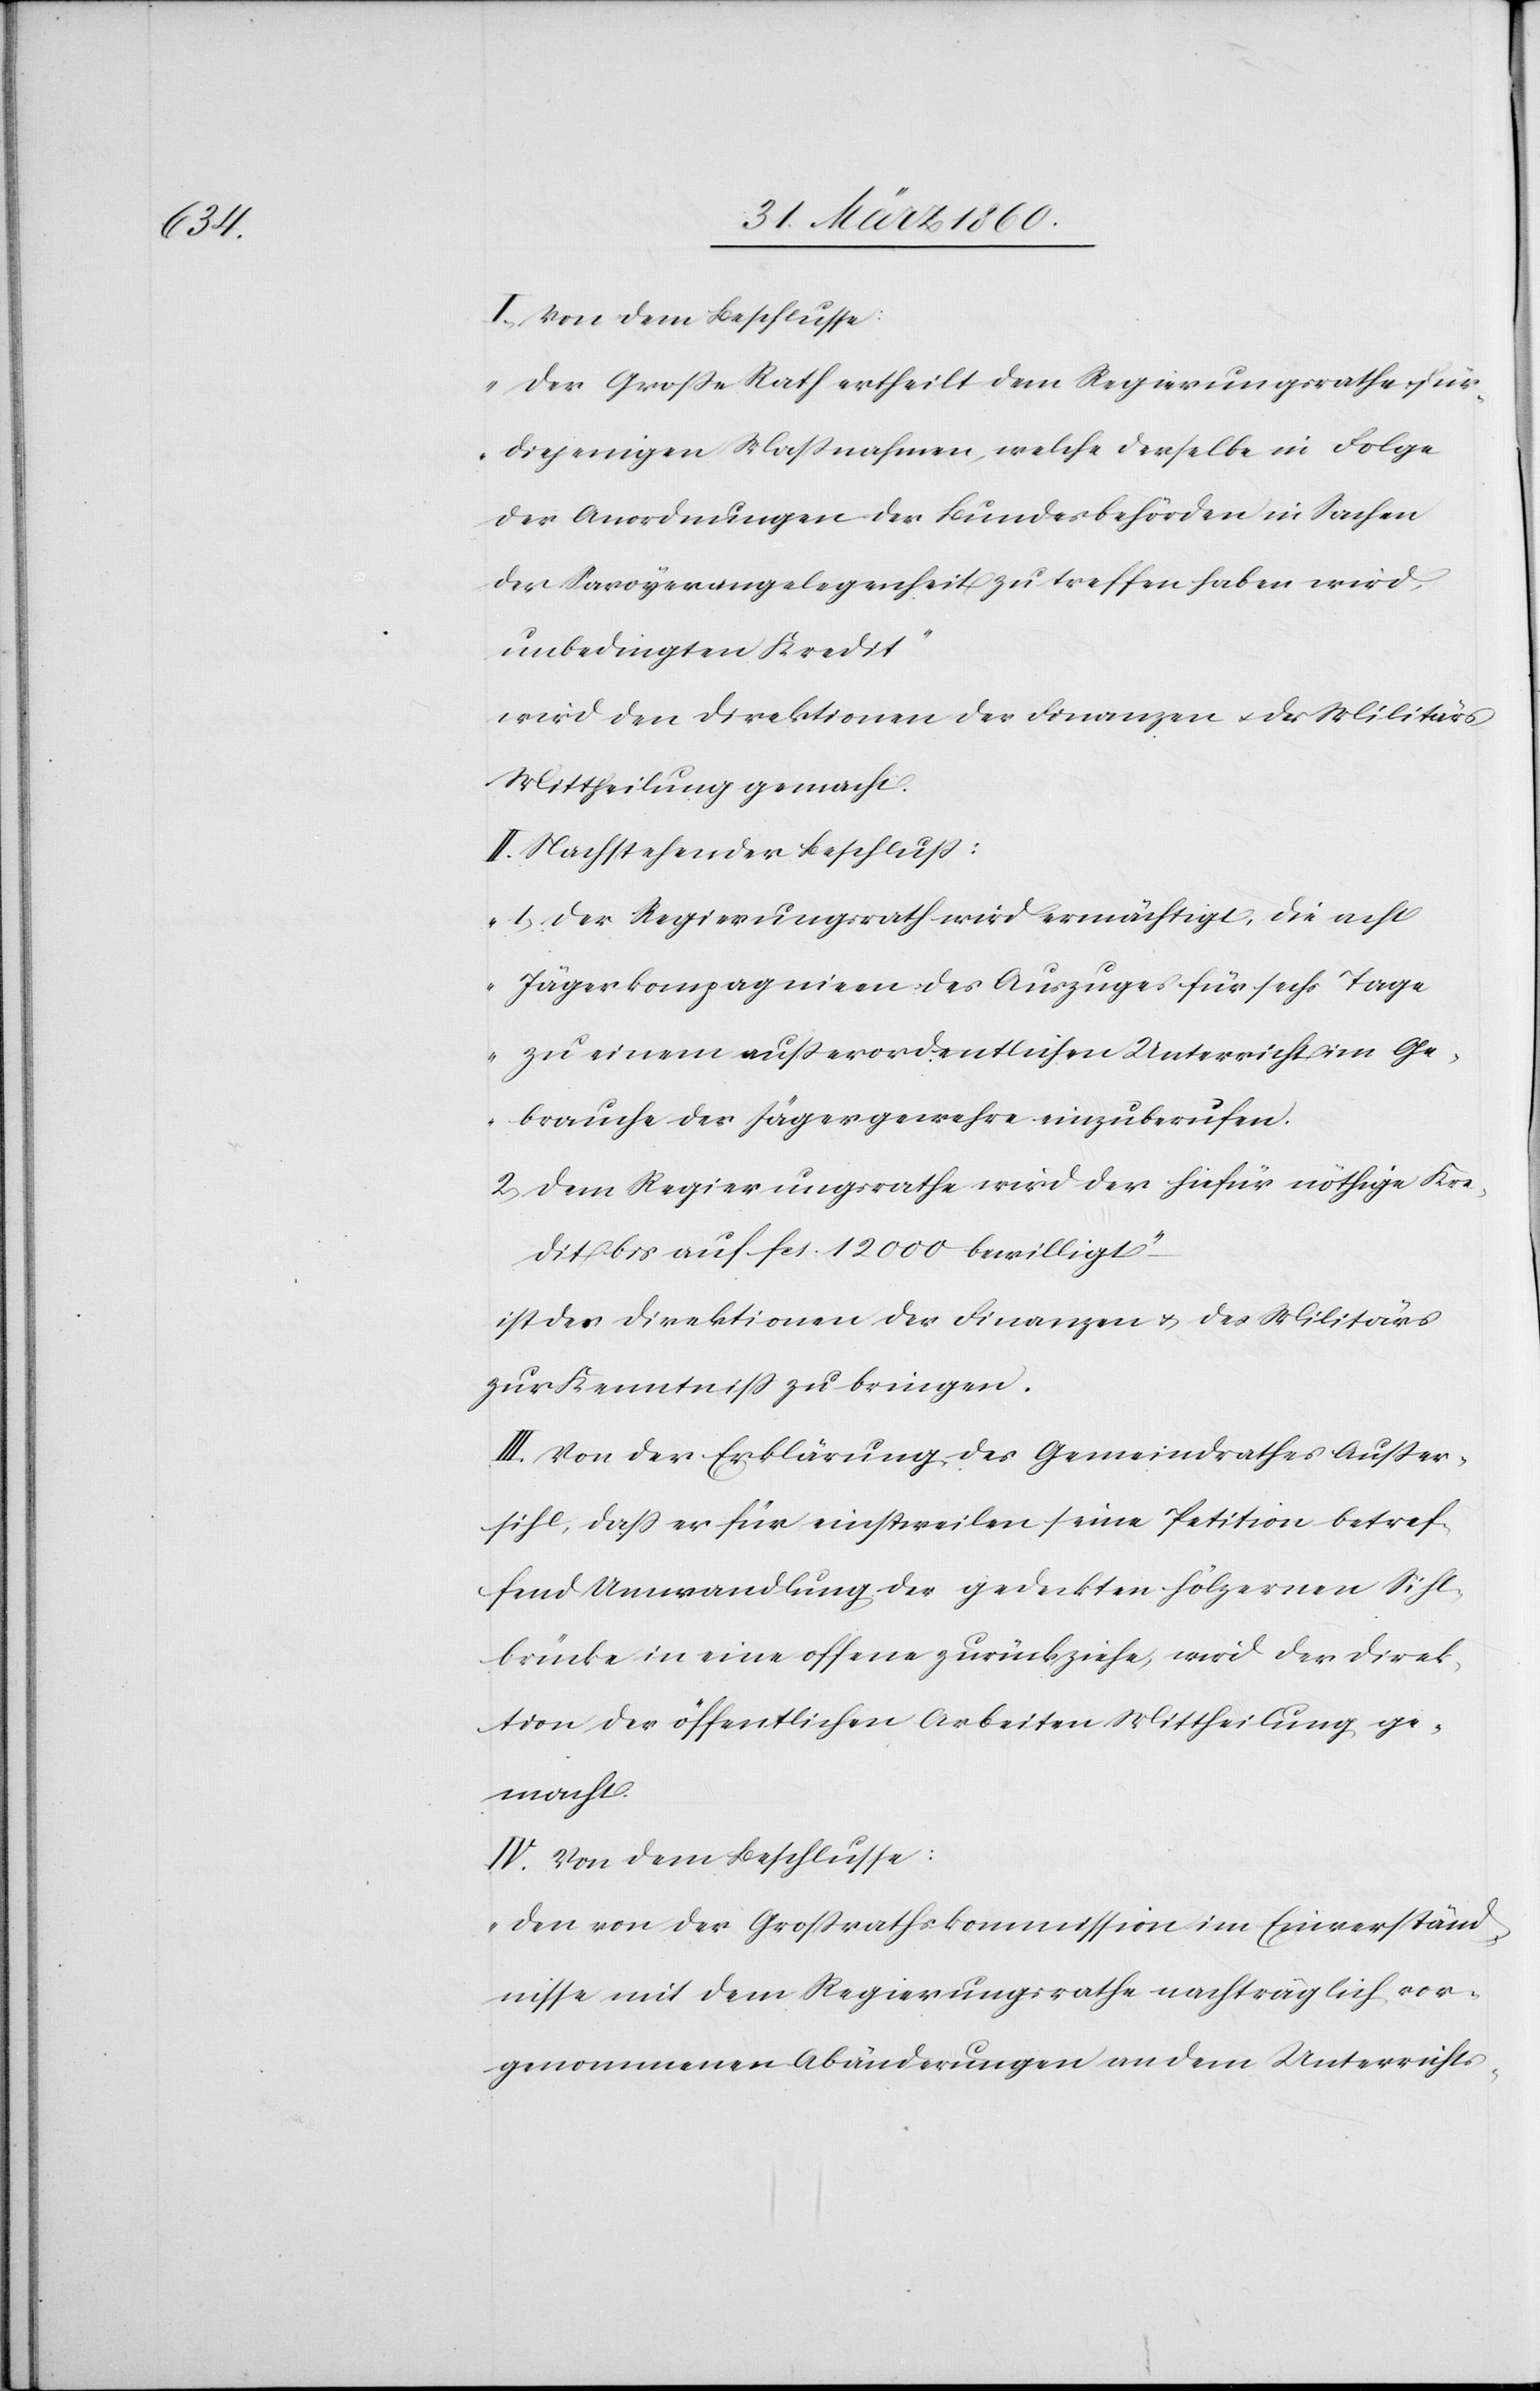
I. Von dem Beschlusse:
„Der Grosse Rath ertheilt dem Regierungsrathe für
diejenigen Maßnahmen, welche derselbe in Folge
der Anordnungen der Bundesbehörden in Sachen
der Savoyerangelegenheit zu treffen haben wird,
unbedingten Kredit.“
wird den Direktionen der Finanzen u. des Militärs
Mittheilung gemacht.
II. Nachstehender Beschluss:
„1. Der Regierungsrath wird ermächtigt, die acht
Jägerkompagnien des Auszuges für sechs Tage
zu einem außerordentlichen Unterricht im Ge¬
brauche der Jägergewehre einzuberufen.
2. Dem Regierungsrathe wird der hiefür nöthige Kre¬
dit bis auf fcs. 12 000 bewilligt.“
ist den Direktionen der Finanzen u. des Militärs
zur Kenntniß zu bringen.
III. Von der Erklärung des Gemeindrathes Ausser¬
sihl, dass er für einstweilen seine Petition betref¬
fend Umwandlung der gedeckten hölzernen Sihl¬
brücke in eine offene zurückziehe, wird der Direk¬
tion der öffentlichen Arbeiten Mittheilung ge¬
macht.
IV. Von dem Beschlusse:
„Den von der Grossrathskommission im Einverständ¬
nisse mit dem Regierungsrathe nachträglich vor¬
genommenen Abänderungen an dem Unterrichts-